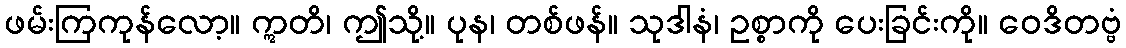
ဖမ်းကြကုန်လော့။ ဣတိ၊ ဤသို့။ ပုန၊ တစ်ဖန်။ သုဒါနံ၊ ဥစ္စာကို ပေးခြင်းကို။ ဝေဒိတဗ္ဗံ